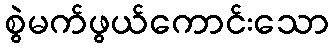
စွဲမက်ဖွယ်ကောင်းသော